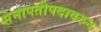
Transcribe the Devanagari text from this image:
सेनापतीपदावरुन